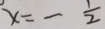
x = - \frac { 1 } { 2 }